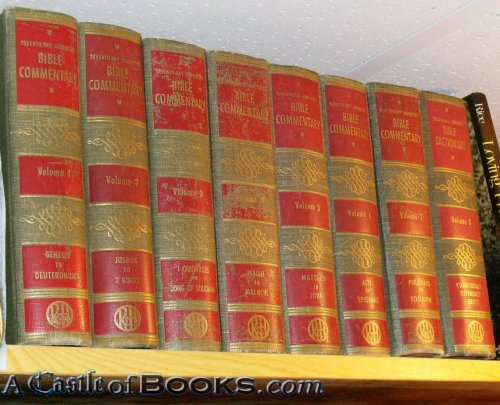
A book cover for Seventh Day Adventist Bible Commentary [Set of 8] 1: Genesis - Deuteronomy, 2: Joshua - 2 Kings, 3: 1 Chronicles - Song of Solomon, 4: Isaiah - Malachi, 5: Matthew - John, 6: Acts - Ephesians, 7: Philippians - Revelation, 8: Bible Dictionary & Atlas; Unknown; Christian Books & Bibles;